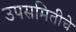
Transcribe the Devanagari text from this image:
उपसमितीचे